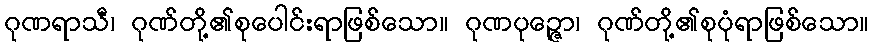
ဂုဏရာသီ၊ ဂုဏ်တို့၏စုပေါင်းရာဖြစ်သော။ ဂုဏပုဉ္ဇော၊ ဂုဏ်တို့၏စုပုံရာဖြစ်သော။